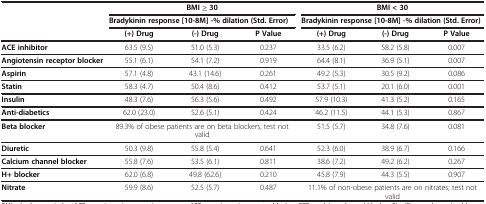
<table><thead><tr><td><b> </b></td><td colspan="3"><b>BMI ≥ 30</b></td><td colspan="3"><b>BMI &lt; 30</b></td></tr><tr><td><b> </b></td><td colspan="3"><b>Bradykinin response [10-8M] -% dilation (Std. Error)</b></td><td colspan="3"><b>Bradykinin response [10-8M] -% dilation (Std. Error)</b></td></tr><tr><td><b> </b></td><td><b>(+) Drug</b></td><td><b>(-) Drug</b></td><td><b>P Value</b></td><td><b>(+) Drug</b></td><td><b>(-) Drug</b></td><td><b>P Value</b></td></tr></thead><tbody><tr><td><b>ACE inhibitor</b></td><td>63.5 (9.5)</td><td>51.0 (5.3)</td><td>0.237</td><td>33.5 (6.2)</td><td>58.2 (5.8)</td><td>0.007</td></tr><tr><td><b>Angiotensin receptor blocker</b></td><td>55.1 (6.1)</td><td>54.1 (7.2)</td><td>0.919</td><td>64.4 (8.1)</td><td>36.9 (5.1)</td><td>0.007</td></tr><tr><td><b>Aspirin</b></td><td>57.1 (4.8)</td><td>43.1 (14.6)</td><td>0.261</td><td>49.2 (5.3)</td><td>30.5 (9.2)</td><td>0.086</td></tr><tr><td><b>Statin</b></td><td>58.3 (4.7)</td><td>50.4 (8.6)</td><td>0.412</td><td>53.7 (5.1)</td><td>20.1 (6.0)</td><td>0.001</td></tr><tr><td><b>Insulin</b></td><td>48.3 (7.6)</td><td>56.3 (5.6)</td><td>0.492</td><td>57.9 (10.3)</td><td>41.3 (5.2)</td><td>0.165</td></tr><tr><td><b>Anti-diabetics</b></td><td>62.0 (23.0)</td><td>52.6 (5.1)</td><td>0.424</td><td>46.2 (11.5)</td><td>44.1 (5.3)</td><td>0.867</td></tr><tr><td><b>Beta blocker</b></td><td colspan="3">89.3% of obese patients are on beta blockers; test not valid</td><td>51.5 (5.7)</td><td>34.8 (7.6)</td><td>0.081</td></tr><tr><td><b>Diuretic</b></td><td>50.3 (9.8)</td><td>55.8 (5.4)</td><td>0.641</td><td>52.3 (6.0)</td><td>38.9 (6.7)</td><td>0.166</td></tr><tr><td><b>Calcium channel blocker</b></td><td>55.8 (7.6)</td><td>53.5 (6.1)</td><td>0.811</td><td>38.6 (7.2)</td><td>49.2 (6.2)</td><td>0.267</td></tr><tr><td><b>H+ blocker</b></td><td>62.0 (6.8)</td><td>49.8 (62.6)</td><td>0.210</td><td>45.8 (7.9)</td><td>44.3 (5.5)</td><td>0.907</td></tr><tr><td><b>Nitrate</b></td><td>59.9 (8.6)</td><td>52.5 (5.7)</td><td>0.487</td><td colspan="3">11.1% of non-obese patients are on nitrates; test not valid</td></tr></tbody></table>